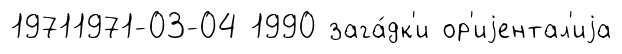
19711971-03-04 1990 зага́дк'и ор'иjентал'иjа